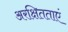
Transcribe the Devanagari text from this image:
अरक्षितताएं